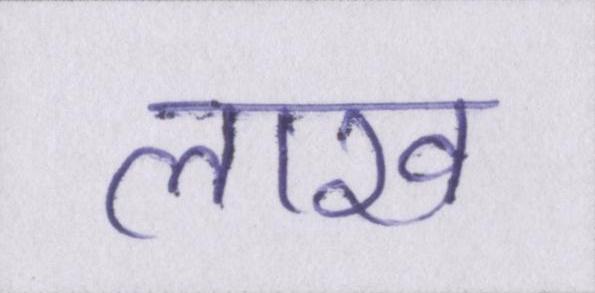
लाख